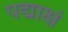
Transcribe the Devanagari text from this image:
पद्माक्षं